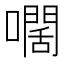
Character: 𡁡